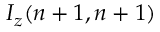
I _ { z } ( n + 1 , n + 1 )